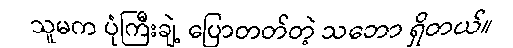
သူမက ပုံကြီးချဲ့ ပြောတတ်တဲ့ သဘော ရှိတယ်။